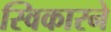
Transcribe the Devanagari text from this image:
स्विकारने